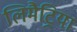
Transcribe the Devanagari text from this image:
लिमैट्रिया